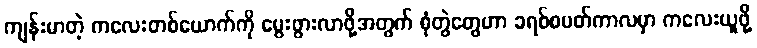
ကျန်းမာတဲ့ ကလေးတစ်ယောက်ကို မွေးဖွားလာဖို့အတွက် စုံတွဲတွေဟာ ခရစ်စမတ်ကာလမှာ ကလေးယူဖို့